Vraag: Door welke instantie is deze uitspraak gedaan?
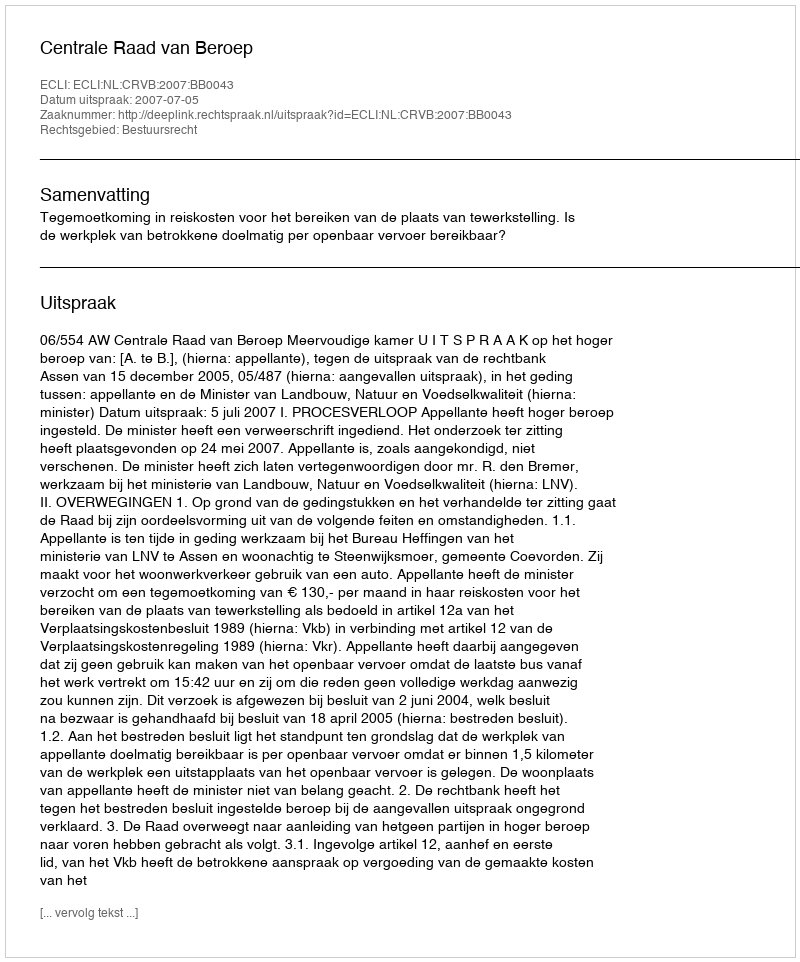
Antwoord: Centrale Raad van Beroep